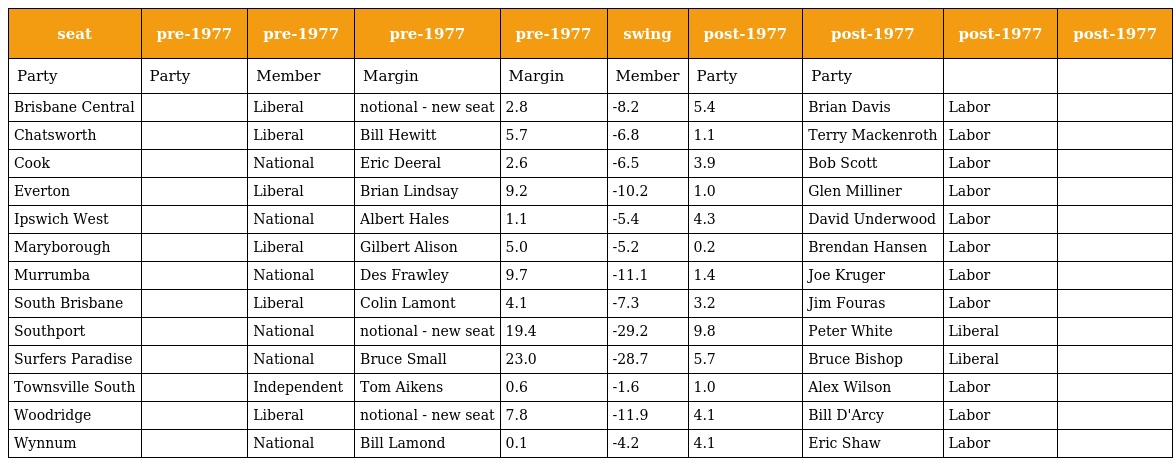
| seat | pre-1977 | pre-1977 | pre-1977 | pre-1977 | swing | post-1977 | post-1977 | post-1977 | post-1977 |
 | --- | --- | --- | --- | --- | --- | --- | --- | --- | --- |
 | Party | Party | Member | Margin | Margin | Member | Party | Party |  |  |
 | Brisbane Central |  | Liberal | notional - new seat | 2.8 | -8.2 | 5.4 | Brian Davis | Labor |  |
 | Chatsworth |  | Liberal | Bill Hewitt | 5.7 | -6.8 | 1.1 | Terry Mackenroth | Labor |  |
 | Cook |  | National | Eric Deeral | 2.6 | -6.5 | 3.9 | Bob Scott | Labor |  |
 | Everton |  | Liberal | Brian Lindsay | 9.2 | -10.2 | 1.0 | Glen Milliner | Labor |  |
 | Ipswich West |  | National | Albert Hales | 1.1 | -5.4 | 4.3 | David Underwood | Labor |  |
 | Maryborough |  | Liberal | Gilbert Alison | 5.0 | -5.2 | 0.2 | Brendan Hansen | Labor |  |
 | Murrumba |  | National | Des Frawley | 9.7 | -11.1 | 1.4 | Joe Kruger | Labor |  |
 | South Brisbane |  | Liberal | Colin Lamont | 4.1 | -7.3 | 3.2 | Jim Fouras | Labor |  |
 | Southport |  | National | notional - new seat | 19.4 | -29.2 | 9.8 | Peter White | Liberal |  |
 | Surfers Paradise |  | National | Bruce Small | 23.0 | -28.7 | 5.7 | Bruce Bishop | Liberal |  |
 | Townsville South |  | Independent | Tom Aikens | 0.6 | -1.6 | 1.0 | Alex Wilson | Labor |  |
 | Woodridge |  | Liberal | notional - new seat | 7.8 | -11.9 | 4.1 | Bill D'Arcy | Labor |  |
 | Wynnum |  | National | Bill Lamond | 0.1 | -4.2 | 4.1 | Eric Shaw | Labor |  |